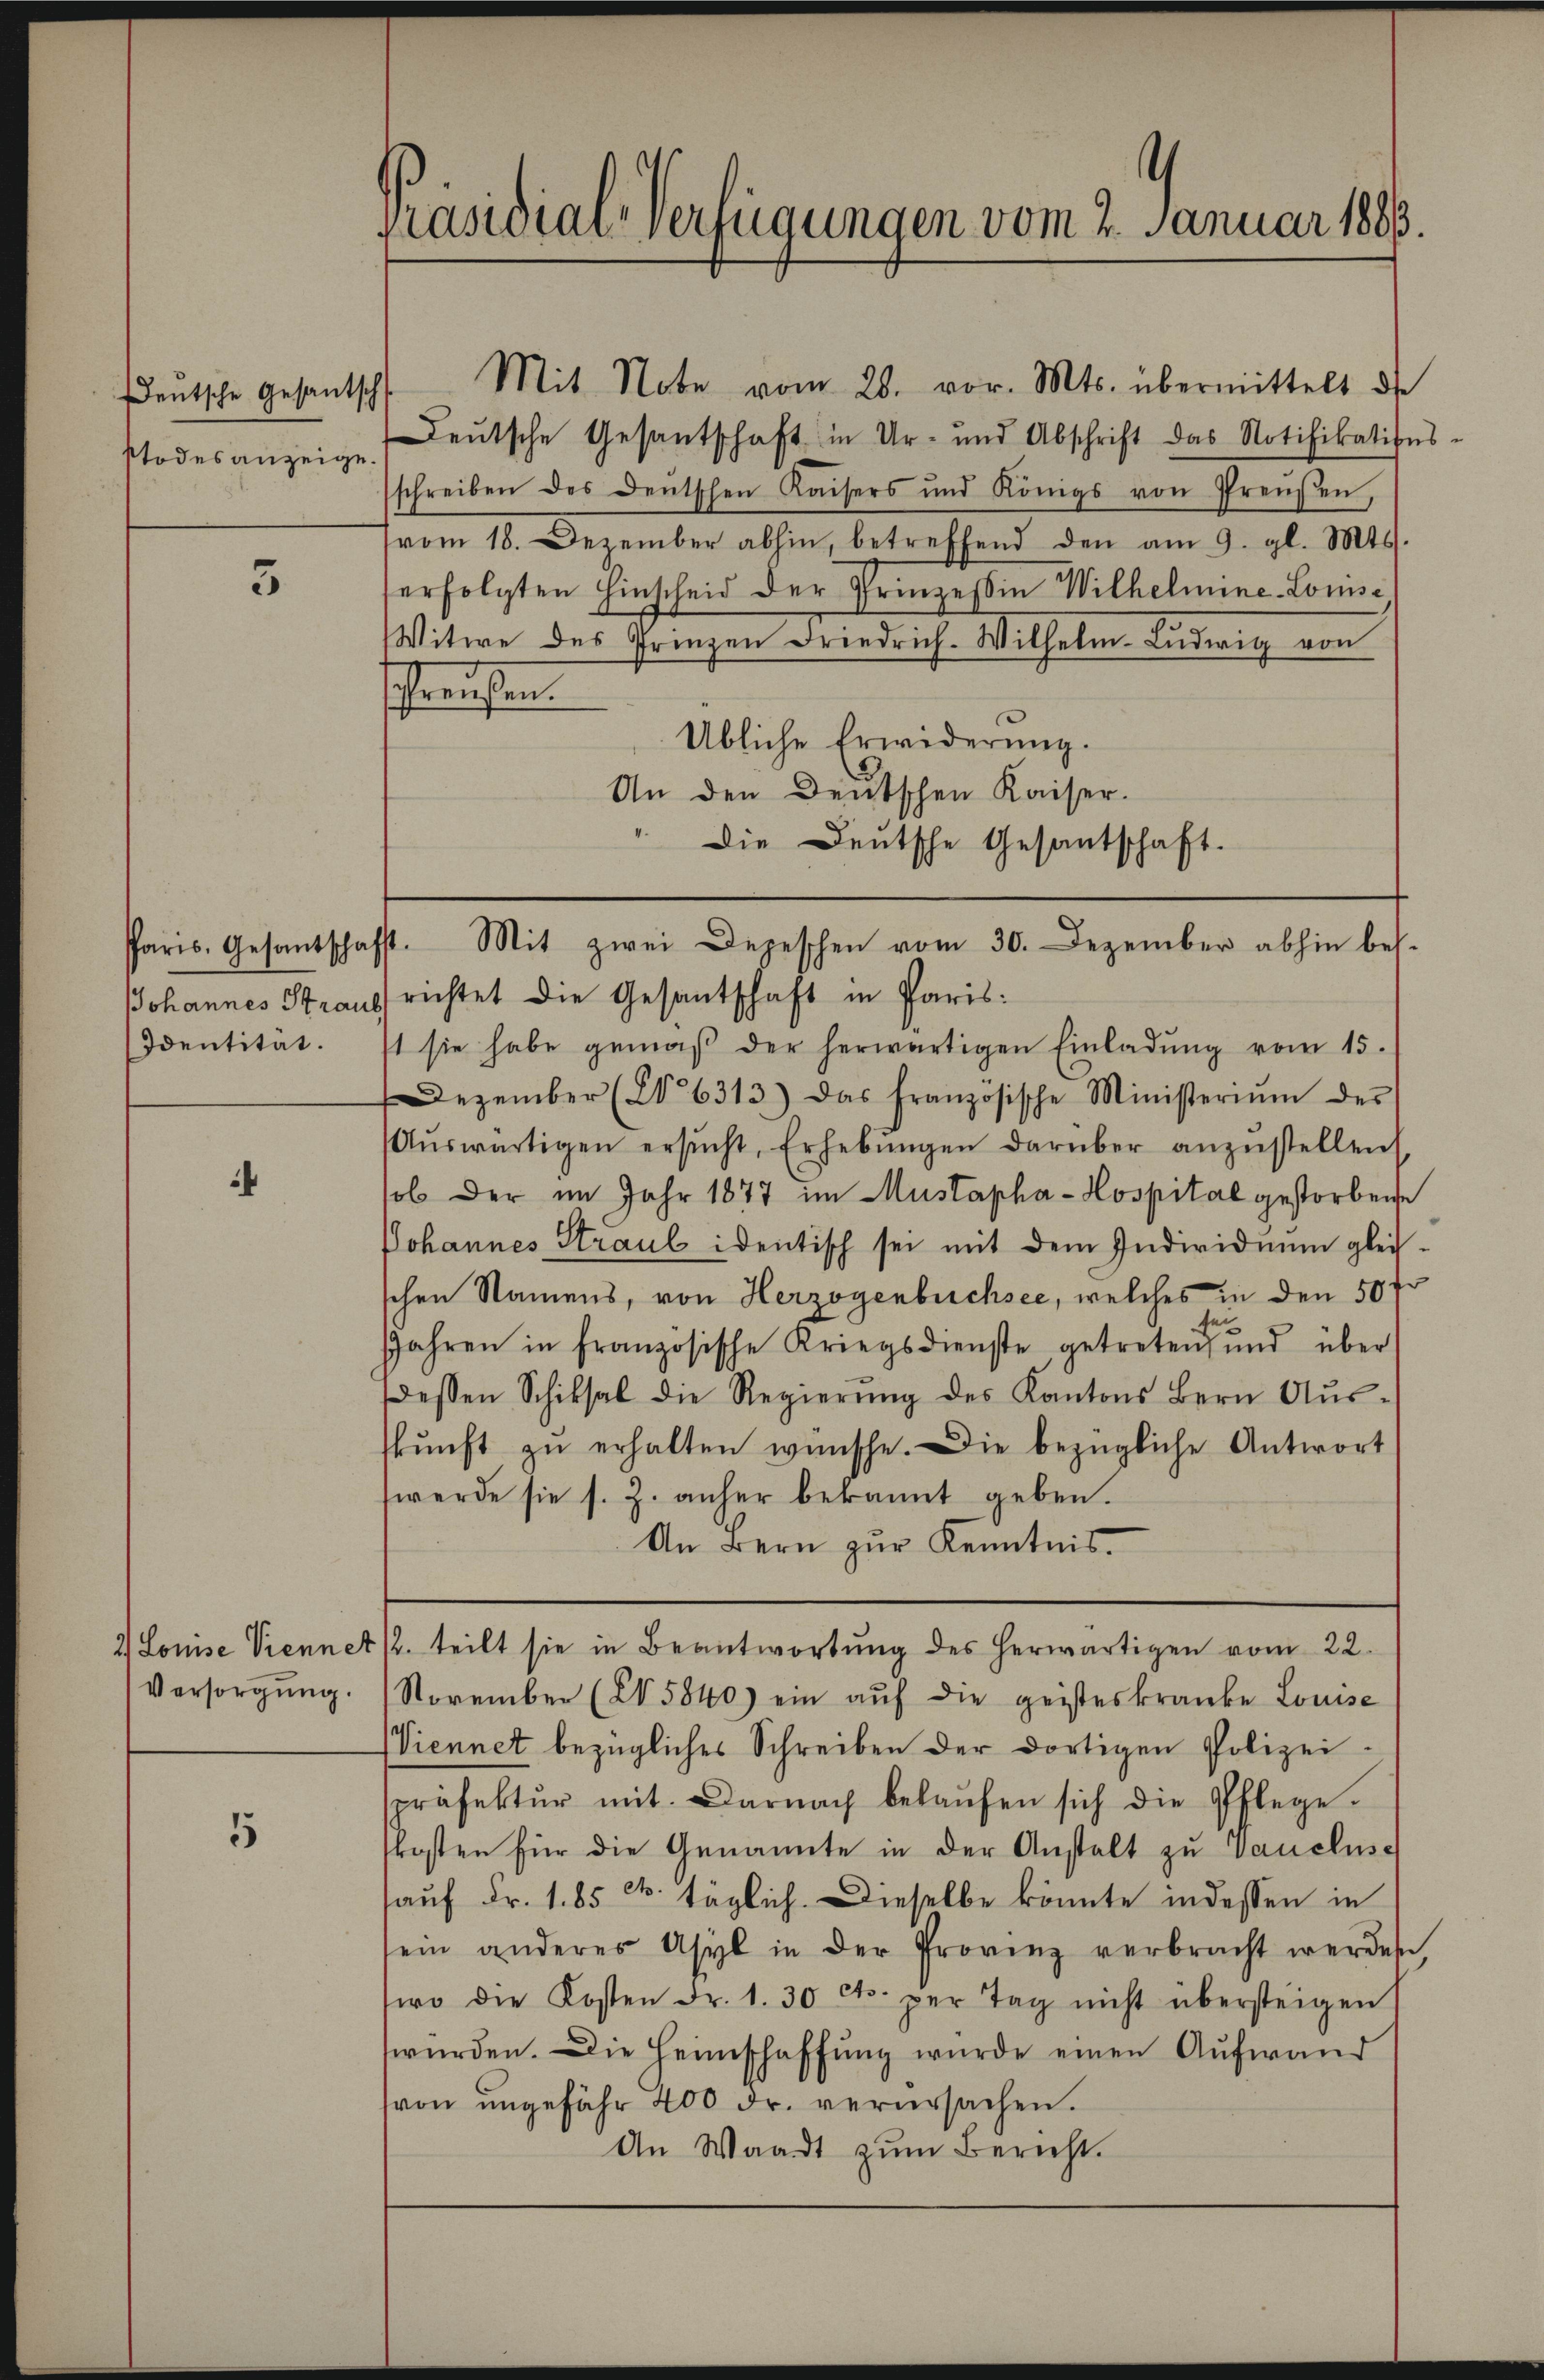
eutsche Gesantsch
stodesanzeige.

4

5

5

Johannes Straul
Identität.

2) Louise Viennet
Versorgung.

Präsidial-Verfügungen vom 2. Januar 1883.

Mit Note vom 28. vor. Mts. übermittelt de
Deutsche Gesantschaft in Ur- und Abschrift das Notifikation
schreiben des Deutschen Kaisers und Königs von Preusen,
vom 18. Dezember abhin, betreffend den am 9. gl. Mts.
erfolgten Einscheid der Prinzessin Wilhelmine-Louise,
Witwe des Prinzen Friedrich. Wilhelm Ludwig von
schweifen.
Übliche Erwiderung.
richtet die Gesantschaft in Paris
t sie habe gemäβ der herwärtigen Einladŭng vom 15.
Dezember (§ 6313) Das französische Ministeriŭm der
Aŭswärtigen ersŭcht, Erhebŭngen darüber anzŭstellen
sob der im Jahr 1877 im Mustapha-Hospital gestorbene
Johannes Straul identisch sei mit dem Individuum gleich-
schen Namens, von Herzogenbüchsee, welches in den 50 fr
se
Jahren in französische Kriegsdienste getreten und über
essen Schiksal die Regierŭng des Kantons Bern Aŭs-
skŭnft zŭ erhalten wünsche. Die bezügliche Antwort
werde sie s. Z. anher bekannt geben.
An Bern zur Kenntnis
/2. teilt sie in Beantwortung des herwärtigen vom 22.
November (§ 5840) ein aŭf die geisteskranke Louise
Viennet bezügliches Schreiben der dortigen Polizeipräfektŭr mit. Darnach belaŭfen sich die Pflege.
kosten für die Genannte in der Anstalt zu Vanclus
auf Fr. 185 c. täglich. Dieselbe könnte indessen in
sein anderes Asyl in der Provinz verbracht werden
wo die Kosten Fr. 1. 30 cts. per Tag nicht übersteigen
würden. Die Heimschaffŭng wurde einen Aufwand
(von ungefähr 400 Fr. verursachen.
An Waadt zŭm Bericht.

An den Deutschen Kaiser.
Die Deutsche Gesantschaft.
Paris. Gesantschafft. Mit zwei Depeschen vom 30. Dezember abhin bes.

8